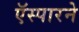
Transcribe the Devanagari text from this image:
ऍस्पारने